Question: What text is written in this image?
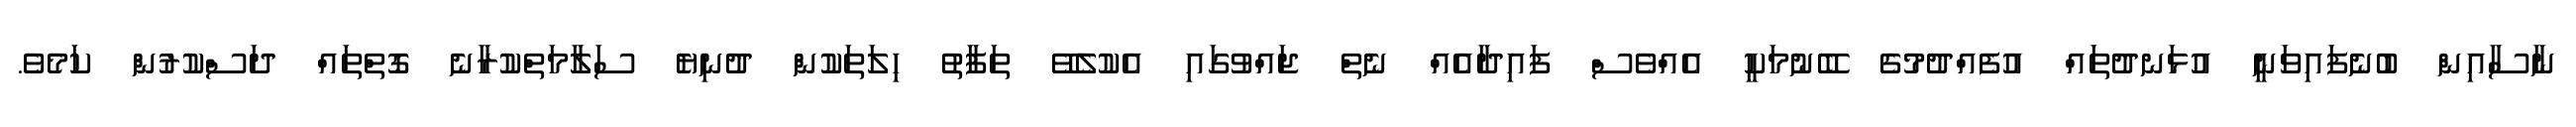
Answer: ނާސާއިން ބުނެފައިވަނީ އުޅަނދުތައް އުފެއްދުމުގެ ބޭނުމަކީ އެއްވެސް ފައިދާއެއް ނެތް ޖައްވުގައި އެކުލެވޭ ތަފާތު ހިލަތަކުން ދުނިޔެ ސަލާމަތްކުރާނެ ގޮތްތައް ދަސްކުރުން ކަމެވެ.